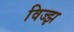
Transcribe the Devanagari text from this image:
विज्झ